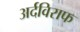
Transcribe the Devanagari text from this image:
अर्दविराफ